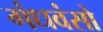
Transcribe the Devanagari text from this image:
गंधवंसो